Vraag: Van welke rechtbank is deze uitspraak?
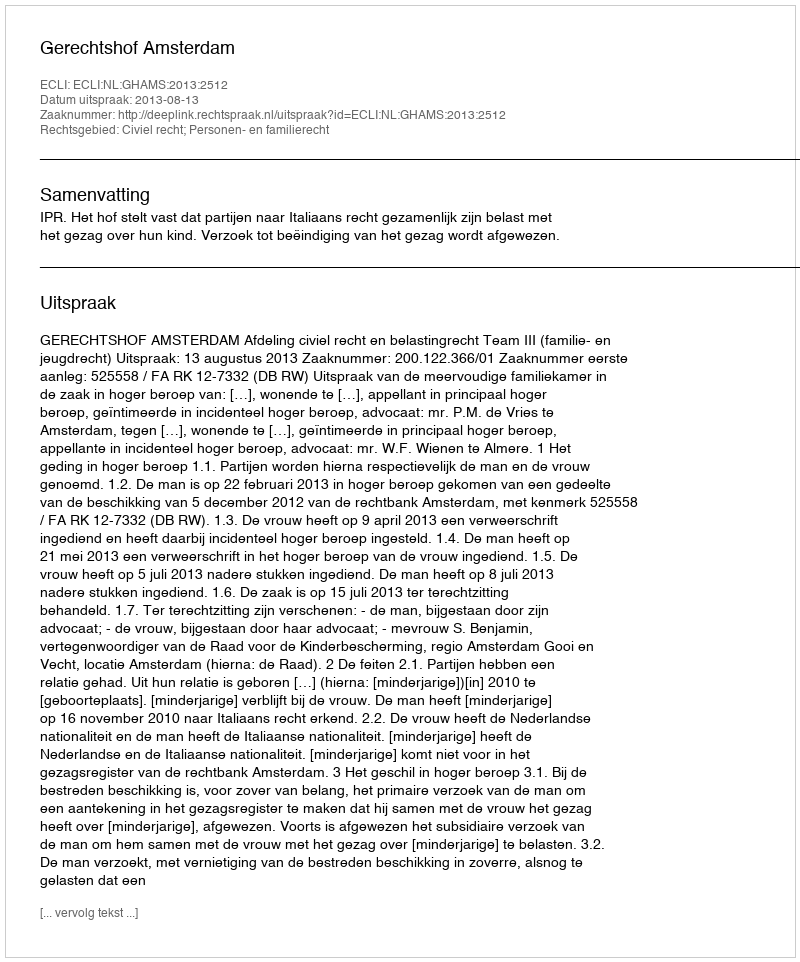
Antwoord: Gerechtshof Amsterdam